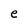
Character: e